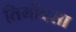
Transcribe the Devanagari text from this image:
तिमीवसा